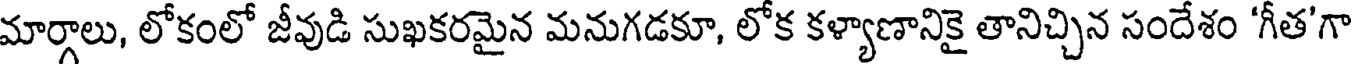
మార్గాలు, లోకంలో జీవుడి సుఖకరమైన మనుగడకూ, లోక కళ్యాణానికై తానిచ్చిన సందేశం 'గీత'గా